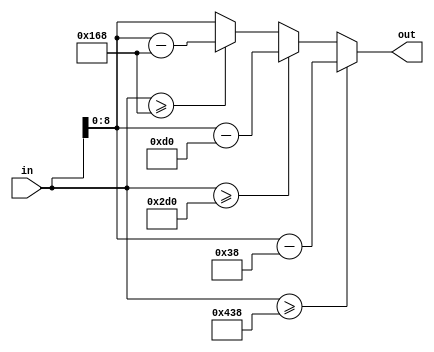
module mod360 (
  input [10:0] in,
  output [8:0] out
);

reg [10:0] out_c;
assign out = out_c[8:0];


always @(*) begin
  
  if (in >= 11'd1080) begin
    out_c = in - 11'd1080;
  end
  else if (in >= 11'd720) begin
    out_c = in - 11'd720;
  end
  else if (in >= 11'd360) begin
    out_c = in - 11'd360;
  end
  else begin
    out_c = in;
  end

end

endmodule